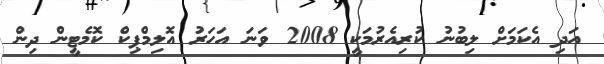
އަދި އެކަމަށް ލިބުނު ކުރިއެރުމަކީ 2008 ވަނަ އަހަރު އޮލިމްޕިކް ކޮމެޓީން ދިން